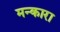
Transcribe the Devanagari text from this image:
मन्कारा